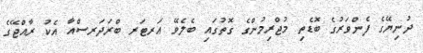
ދުނިޔޭގެ ފެންވަރުގެ ބޮޑެތި މުޖްރިމުންގެ ގޮތުގައި ބެލެވޭ އަރޓަރ ބްރަދަރސްއާ އެކު ރާއްޖޭގެ